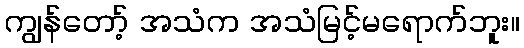
ကျွန်တော့် အသံက အသံမြင့်မရောက်ဘူး။